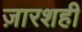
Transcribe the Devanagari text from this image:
ज़ारशही